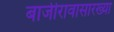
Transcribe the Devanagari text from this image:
बाजीरावासारख्या